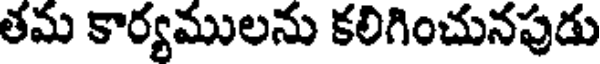
తమ కార్యములను కలిగించునపుడు